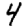
Digit: 4